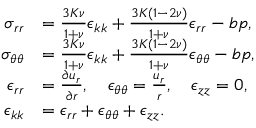
\begin{array} { r l } { \sigma _ { r r } } & { = \frac { 3 K \nu } { 1 + \nu } \epsilon _ { k k } + \frac { 3 K ( 1 - 2 \nu ) } { 1 + \nu } \epsilon _ { r r } - b p , } \\ { \sigma _ { \theta \theta } } & { = \frac { 3 K \nu } { 1 + \nu } \epsilon _ { k k } + \frac { 3 K ( 1 - 2 \nu ) } { 1 + \nu } \epsilon _ { \theta \theta } - b p , } \\ { \epsilon _ { r r } } & { = \frac { \partial u _ { r } } { \partial r } , \quad \epsilon _ { \theta \theta } = \frac { u _ { r } } { r } , \quad \epsilon _ { z z } = 0 , } \\ { \epsilon _ { k k } } & { = \epsilon _ { r r } + \epsilon _ { \theta \theta } + \epsilon _ { z z } . } \end{array}